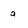
Character: a